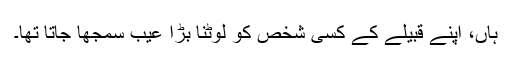
ہاں، اپنے قبیلے کے کسی شخص کو لوٹنا بڑا عیب سمجھا جاتا تھا۔